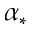
\alpha _ { * }